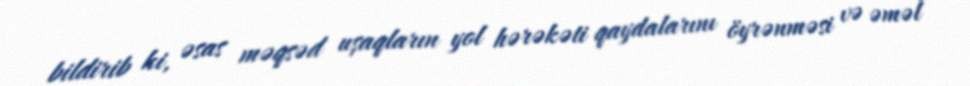
bildirib ki, əsas məqsəd uşaqların yol hərəkəti qaydalarını öyrənməsi və əməl